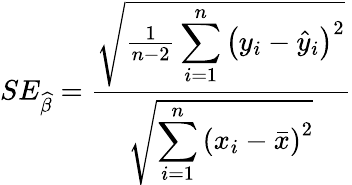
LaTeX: SE_{\widehat{\beta}}={\frac{\sqrt{{\frac{1}{n-2}}\displaystyle\sum_{i=1}^{n}\left(y_{i}-{\widehat{y}}_{i}\right)^{2}}}{\sqrt{\displaystyle\sum_{i=1}^{n}\left(x_{i}-{\bar{x}}\right)^{2}}}}